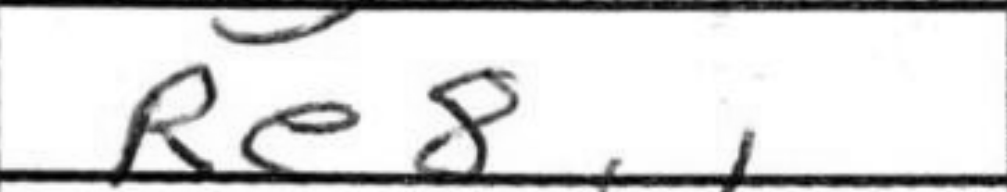
Transcription: Re8